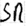
Text: SR